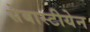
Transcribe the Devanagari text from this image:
सेबास्टीयेन